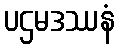
ပဌမဒဿနံ